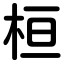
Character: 桓